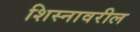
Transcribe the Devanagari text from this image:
शिस्नावरील